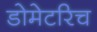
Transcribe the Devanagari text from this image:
डोमेटरिच